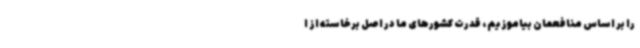
را بر اساس منافعمان بیاموزیم، قدرت کشورهای ما در اصل برخاسته از ا